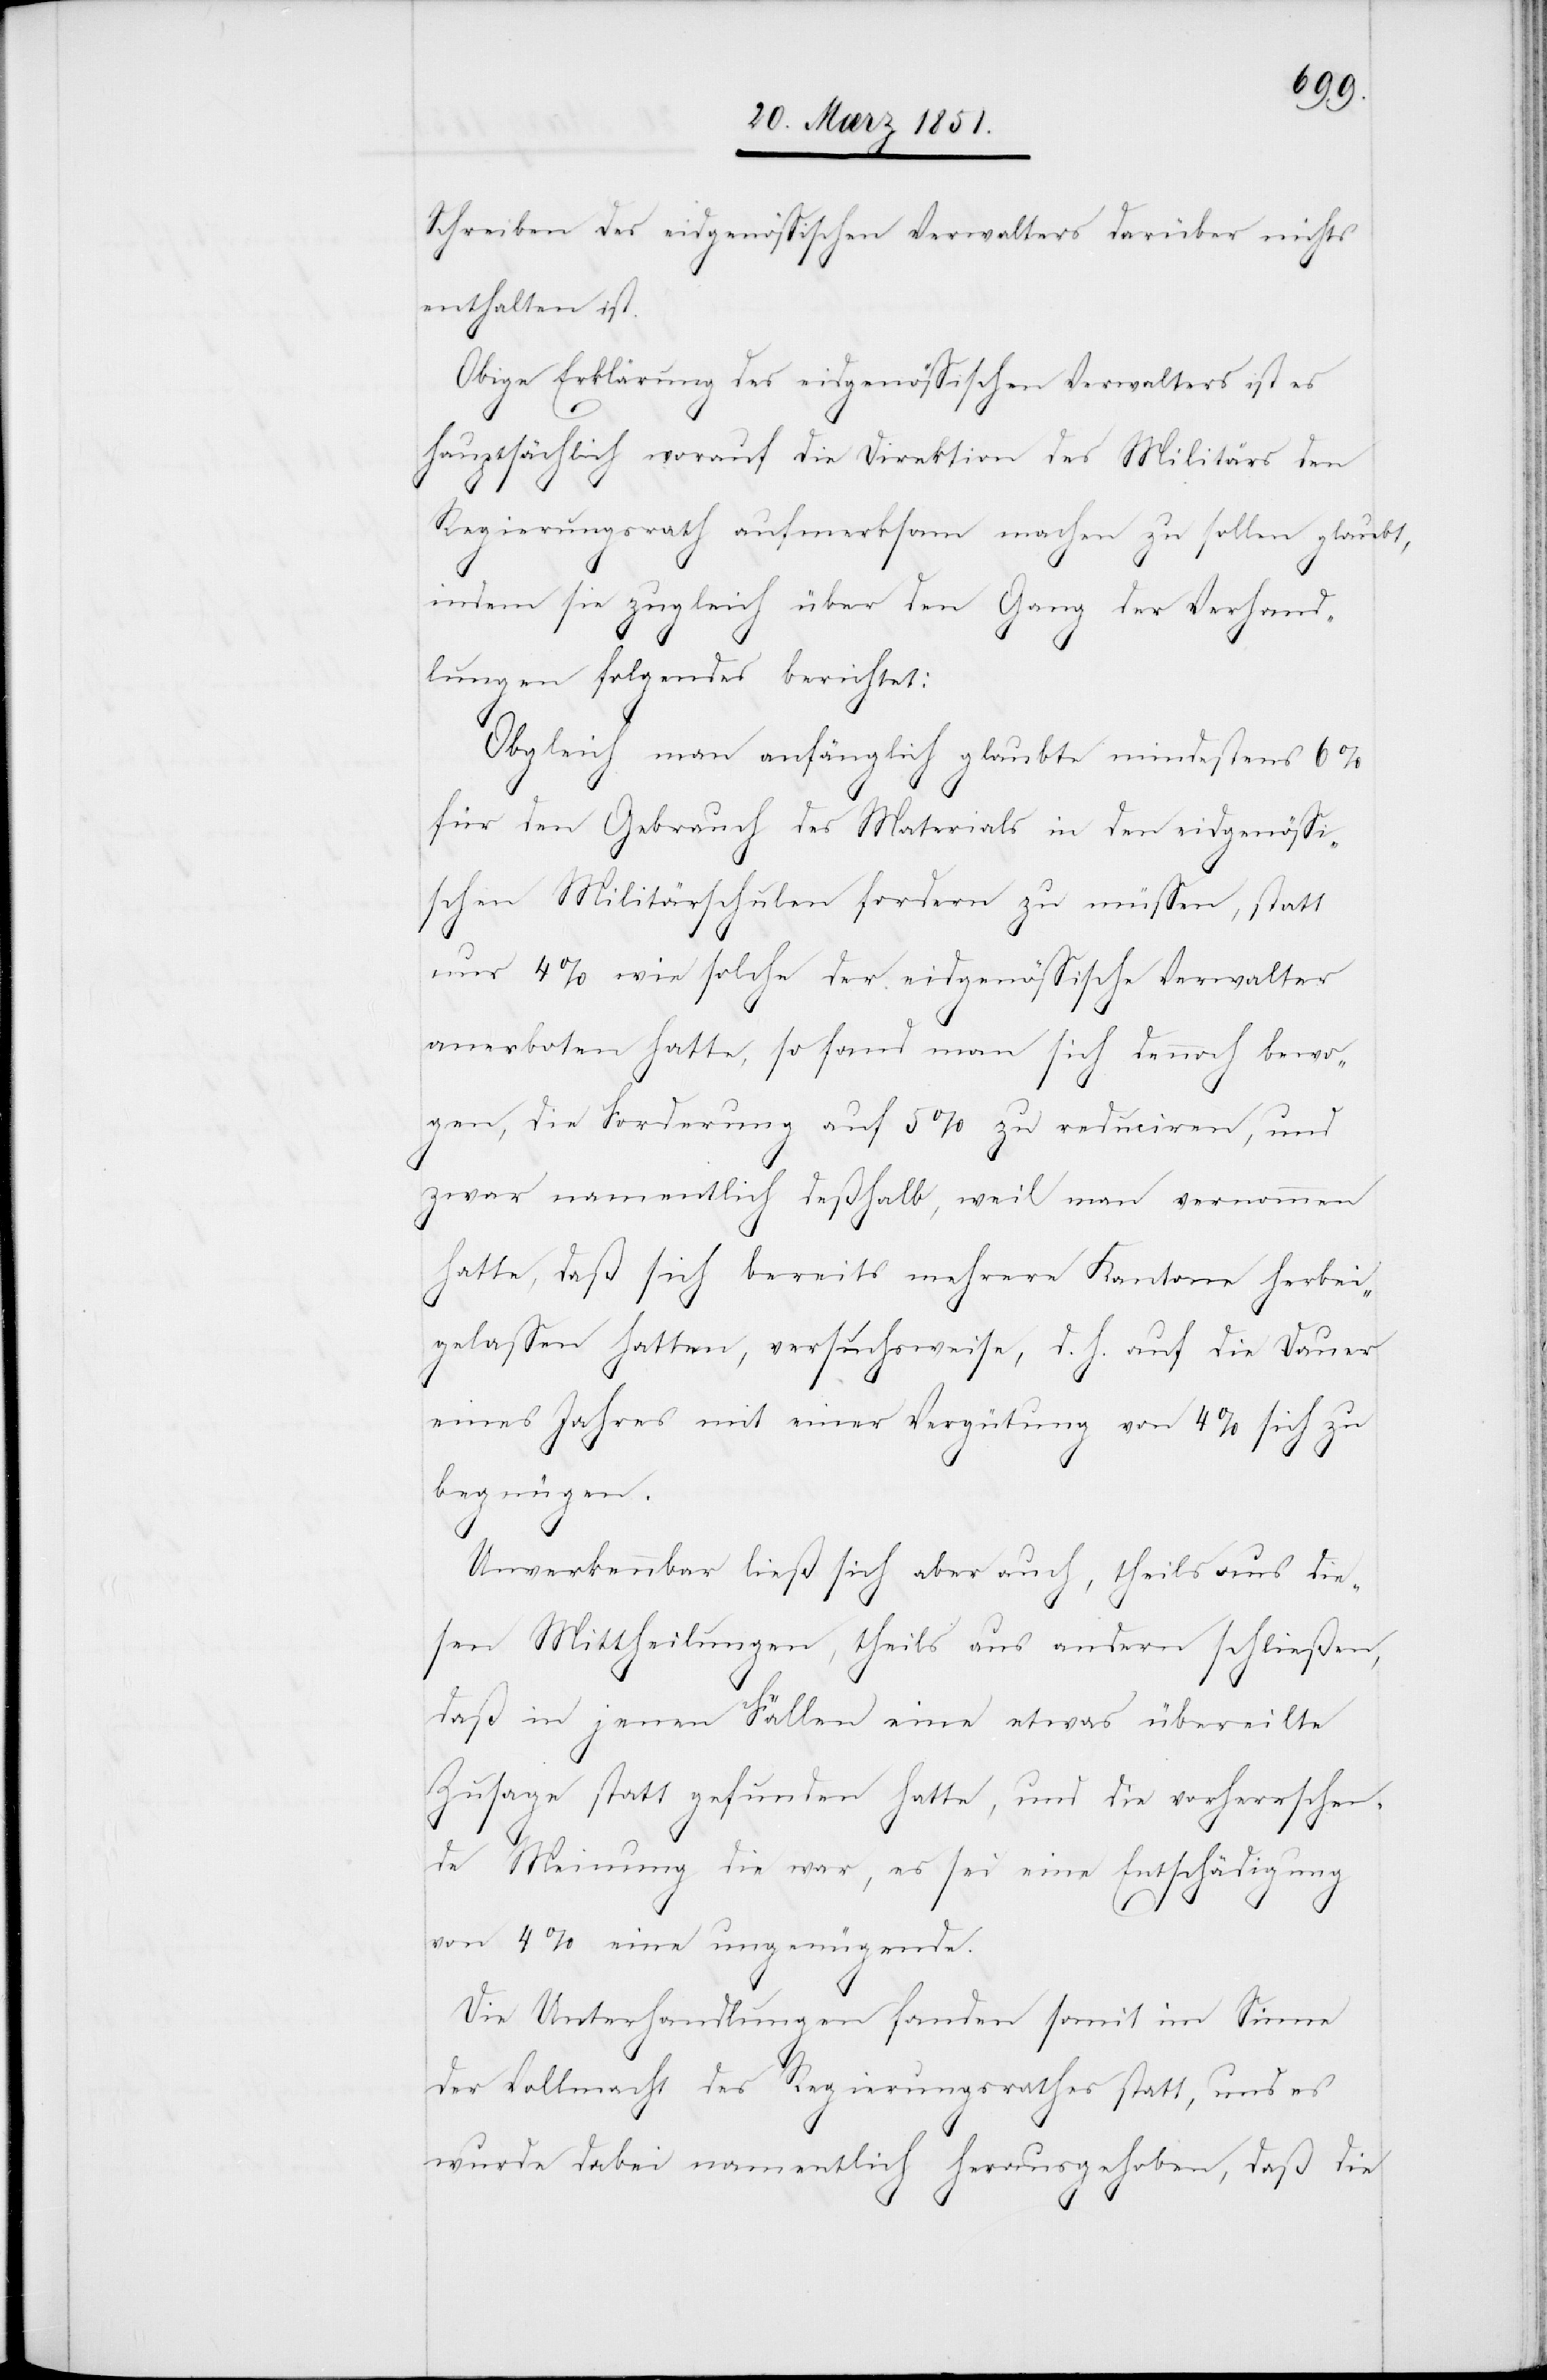
Schreiben des eidgenössischen Verwalters darüber nichts
enthalten ist.
Obige Erklärung des eidgenössischen Verwalters ist es
hauptsächlich worauf die Direktion des Militärs den
Regierungsrath aufmerksam machen zu sollen glaubt,
indem sie zugleich über den Gang der Verhand¬
lungen folgendes berichtet:
Obgleich man anfänglich glaubte mindestens 6%
für den Gebrauch des Materials in den eidgenössi¬
schen Militärschulen fordern zu müssen, statt
nur 4% wie solche der eidgenössische Verwalter
anerboten hatte, so fand man sich dennoch bewo¬
gen, die Forderung auf 5% zu reduciren, und
zwar namentlich deßhalb, weil man vernommen
hatte, daß sich bereits mehrere Kantone herbei¬
gelassen hatten, versuchsweise, d. h. auf die Dauer
eines Jahres mit einer Vergütung von 4% sich zu
begnügen.
Unverkennbar ließ sich aber auch, theils aus die¬
sen Mittheilungen, theils aus andern schließen,
daß in jenen Fällen eine etwas übereilte
Zusage statt gefunden hatte, und die vorherrschen¬
de Meinung die war, es sei eine Entschädigung
von 4% eine ungenügende.
Die Unterhandlungen fanden somit im Sinne
der Vollmacht des Regierungsrathes statt, und es
wurde dabei namentlich herausgehoben, daß die